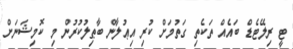
ޓީ ރިލޭޓެޑް ބައެއް ތަކެތި ގަތުމަށް ކުރި އިޢުލާން ބާޠިލުކުރުން މި ކޮމިޝަނަށް